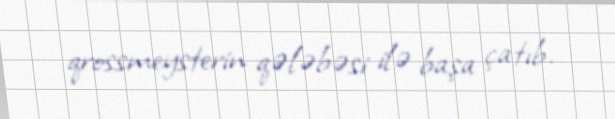
qrossmeysterin qələbəsi ilə başa çatıb.